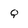
Character: Q